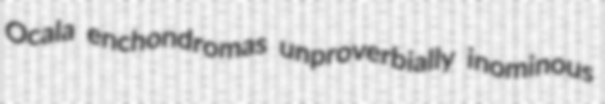
Ocala enchondromas unproverbially inominous